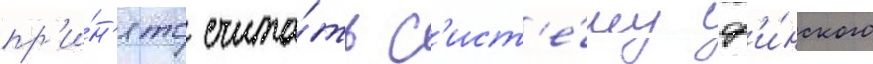
пр'и́н'ято счита́ть с'ист'е́му ф'и́нского